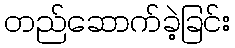
တည်ဆောက်ခဲ့ခြင်း